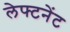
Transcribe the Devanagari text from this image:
लेफ्टनेंट